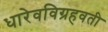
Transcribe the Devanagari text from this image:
धारेवविग्रहवती